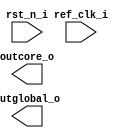
/*******************************************************************************
    Verilog netlist generated by IPGEN Lattice Radiant Software (64-bit)
    3.0.0.24.1
    Soft IP Version: 1.0.1
    2021 11 18 18:13:32
*******************************************************************************/
/*******************************************************************************
    Wrapper Module generated per user settings.
*******************************************************************************/
module mypll (ref_clk_i, rst_n_i, outcore_o, outglobal_o)/* synthesis syn_black_box syn_declare_black_box=1 */;
    input  ref_clk_i;
    input  rst_n_i;
    output  outcore_o;
    output  outglobal_o;
endmodule